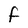
Character: F